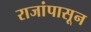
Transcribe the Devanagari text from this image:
राजांपासून